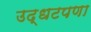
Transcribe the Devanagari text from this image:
उद्धटपणा